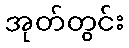
အုတ်တွင်း